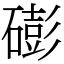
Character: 𥕱